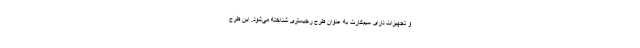
و تجهیزات دارای سیم‌کارت به عنوان طرح رجیستری شناخته می‌شود. این طرح